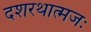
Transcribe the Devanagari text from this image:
दशरथात्मजः